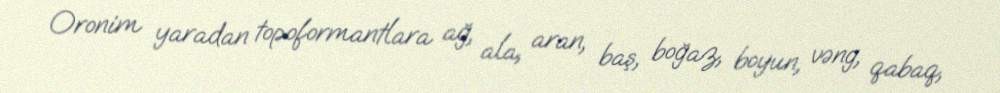
Oronim yaradan topoformantlara ağ, ala, aran, baş, boğaz, boyun, vəng, qabaq,